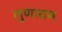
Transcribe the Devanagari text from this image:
लुणाराम